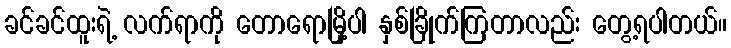
ခင်ခင်ထူးရဲ့ လက်ရာကို တောရောမြို့ပါ နှစ်ခြိုက်ကြတာလည်း တွေ့ရပါတယ်။